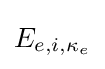
E_{e,i,\mathbf {\kappa } _{e}}